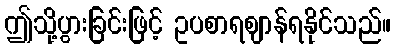
ဤသို့ပွားခြင်းဖြင့် ဥပစာရဈာန်ရနိုင်သည်။